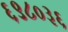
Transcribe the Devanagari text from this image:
६९८०३६